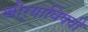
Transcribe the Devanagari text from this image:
खोर्‍याविषयी